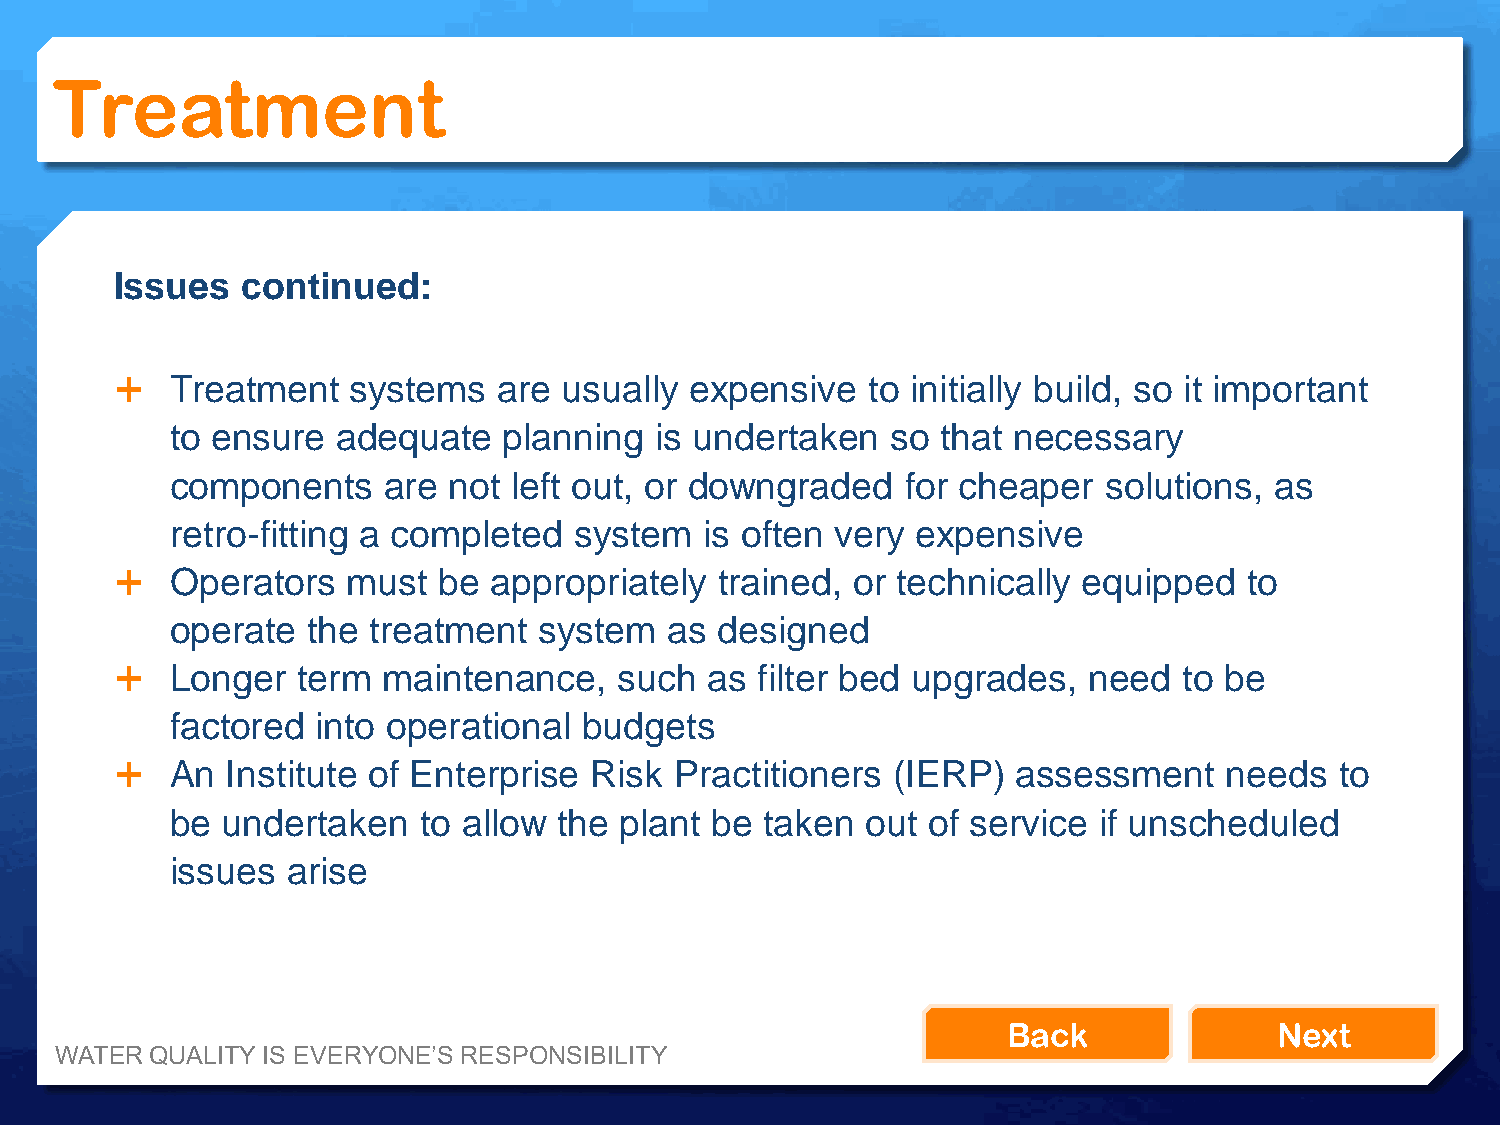
Treatment
 Issues  continued:
   Treatment   systems   are usually  expensive  to initially build, so it important
 to ensure  adequate   planning  is undertaken   so that necessary
 components    are  not left out, or downgraded   for cheaper  solutions, as
 retro-fitting a completed  system   is often very expensive
   Operators   must  be appropriately   trained, or technically equipped   to
 operate  the treatment   system  as  designed
   Longer   term maintenance,    such  as filter bed upgrades,  need  to be
 factored  into operational  budgets
   An  Institute of Enterprise Risk  Practitioners (IERP)  assessment    needs   to
 be  undertaken   to allow the plant be  taken out of service  if unscheduled
 issues  arise
 Back              Next
 WATER QUALITY IS EVERYONE’S RESPONSIBILITY